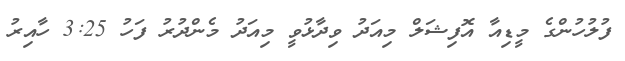
ފުލުހުންގެ މީޑިއާ އޮފިޝަލް މިއަދު ވިދާޅުވީ މިއަދު މެންދުރު ފަހު 3:25 ހާއިރު